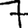
Digit: 7